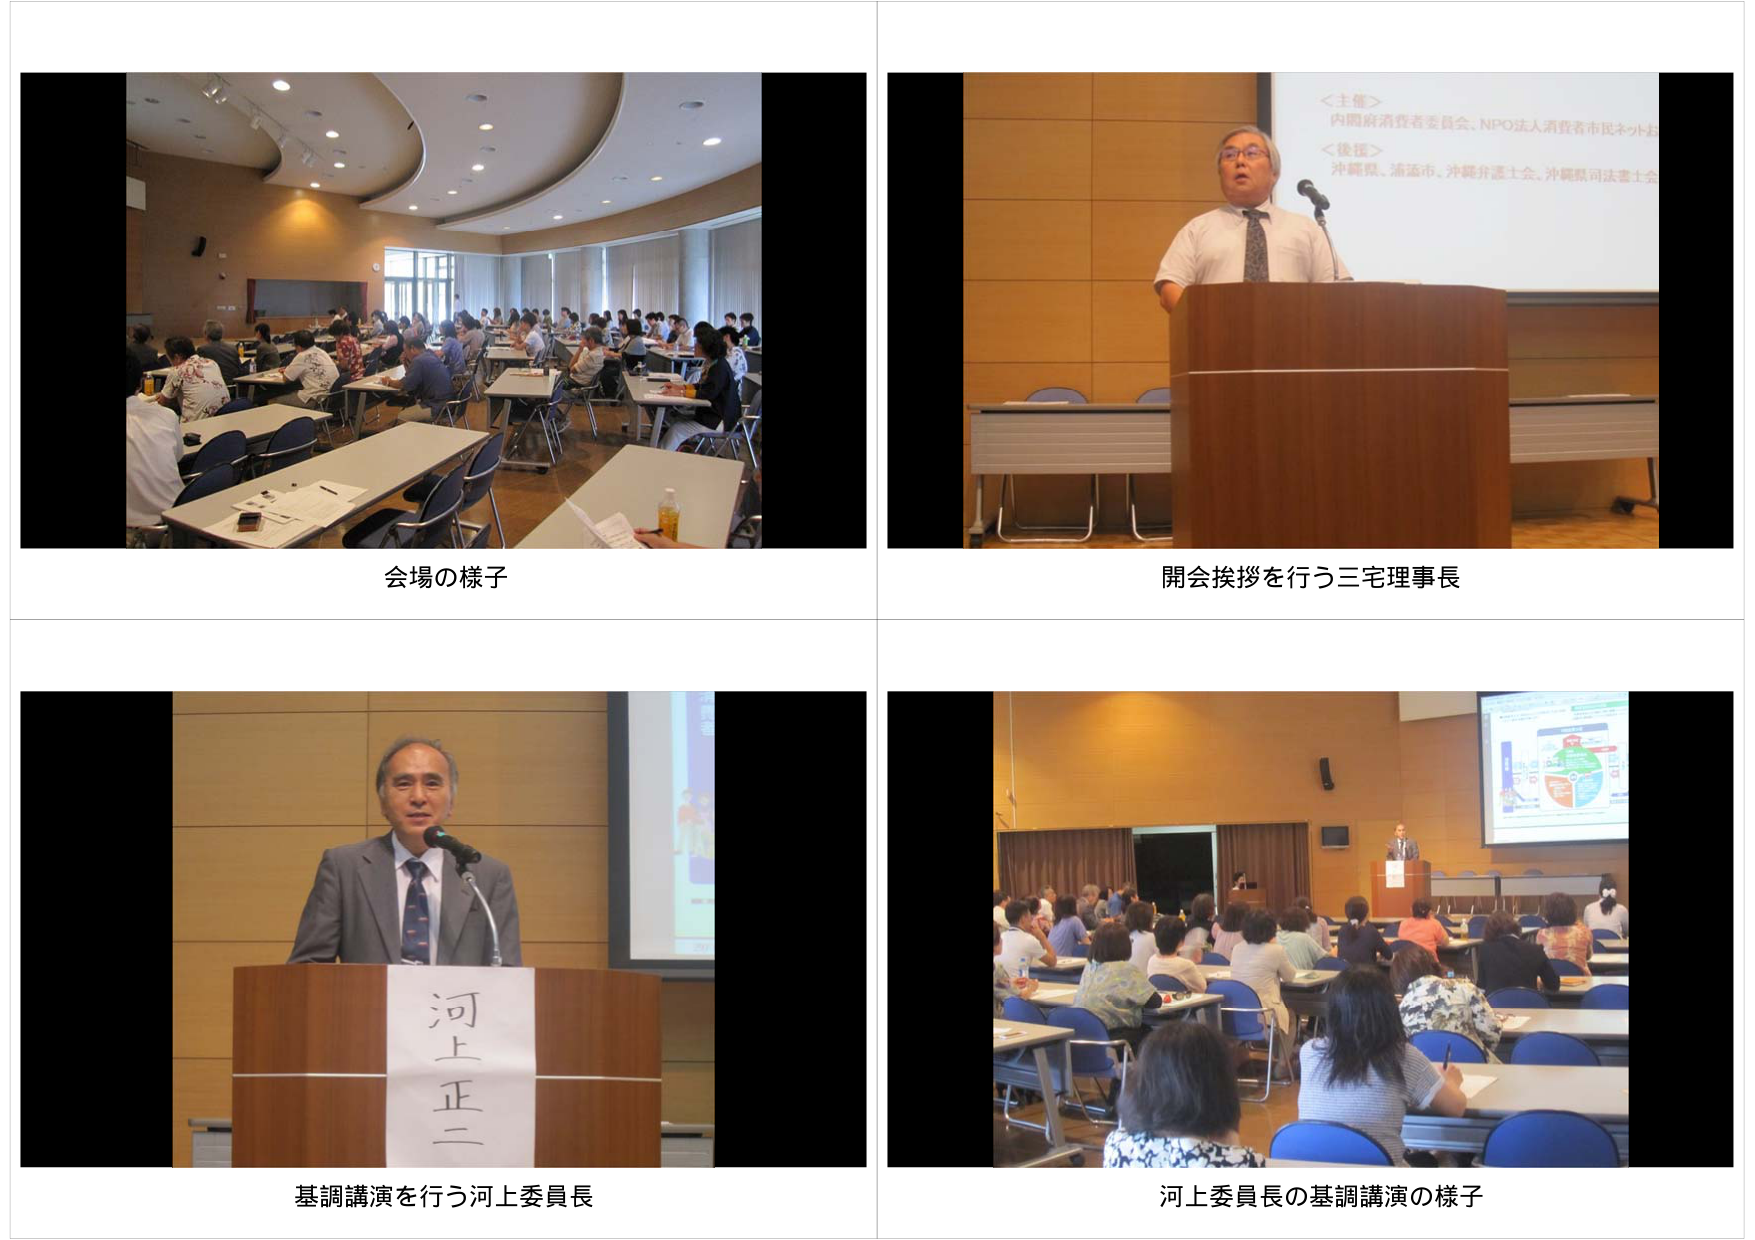
会場の様子
開会挨拶を行う三宅理事長
＜主催＞
内閣府消費者委員会、NPO法人消費者市民ネット
＜後援＞
沖縄県、浦添市、沖縄弁護士会、沖縄県司法書士会
河上正二
基調講演を行う河上委員長
河上委員長の基調講演の様子